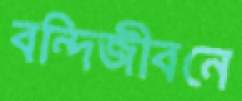
বন্দিজীবনে